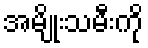
အမျိုးသမီးကို